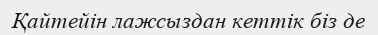
Қайтейін лажсыздан кеттік біз де